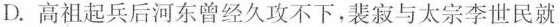
D.高祖起兵后河东曾经久攻不下，裴寂与太宗李世民就